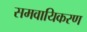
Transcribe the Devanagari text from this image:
समवायिकरण